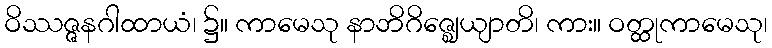
ဝိဿဇ္ဇနဂါထာယံ၊ ၌။ ကာမေသု နာဘိဂိဇ္ဈေယျာတိ၊ ကား။ ဝတ္ထုကာမေသု၊